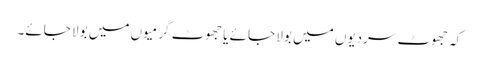
کہ جھوٹ سردیوں میں بولا جائے یا جھوٹ گرمیوں میں بولا جائے۔